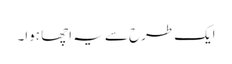
ایک طرح سے یہ اچھا ہوا۔